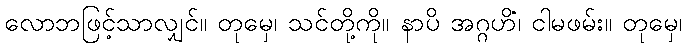
လောဘဖြင့်သာလျှင်။ တုမှေ၊ သင်တို့ကို။ နာပိ အဂ္ဂဟိံ၊ ငါမဖမ်း။ တုမှေ၊